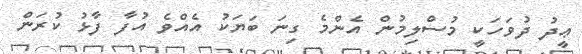
ޢީދު ދުވަހަކީ މުސްލިމުން އެންމެ ގިނަ ބަޔަކު އެއްވެ އުފާ ފާޅު ކުރަން